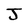
Character: J